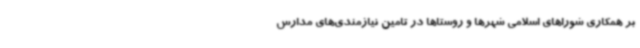
بر همکاری شوراهای اسلامی شهرها و روستاها در تامین نیازمندی‌های مدارس